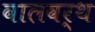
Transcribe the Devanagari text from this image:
वालवर्थ